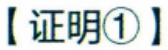
【证明\textcircled{1}】